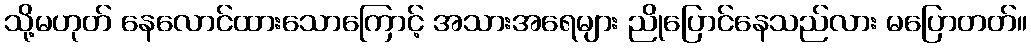
သို့မဟုတ် နေလောင်ထားသောကြောင့် အသားအရေများ ညိုပြောင်နေသည်လား မပြောတတ်။